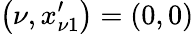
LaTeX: \left(\nu,x_{\nu 1}^{\prime}\right)=\left(0,0\right)